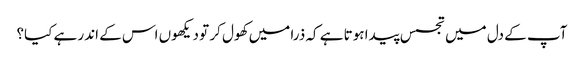
آپ کے دل میں تجسس پیدا ہوتا ہے کہ ذرا میں کھول کر تو دیکھوں اس کے اندر ہے کیا؟